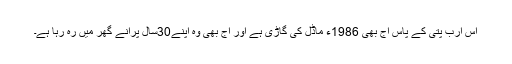
اس ارب پتی کے پاس آج بھی 1986ء ماڈل کی گاڑی ہے اور آج بھی وہ اپنے30سال پرانے گھر میں رہ رہا ہے۔